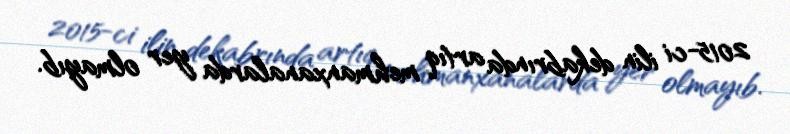
2015-ci ilin dekabrında artıq mehmanxanalarda yer olmayıb.